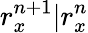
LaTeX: r_{x}^{n+1}|r_{x}^{n}